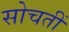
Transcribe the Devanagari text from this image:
सोचतीं